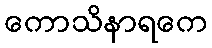
ကောသိနာရကေ